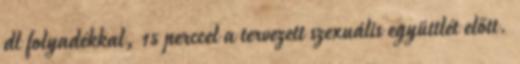
dl folyadékkal, 15 perccel a tervezett szexuális együttlét előtt.